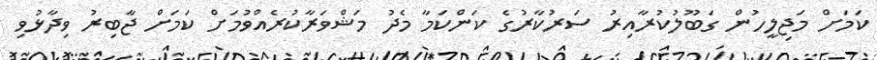
ކަމަށް މަޖިލީހުން ގަބޫލުކުރާއިރު ސަރުކާރުގެ ކަންކަމާ މެދު މަޝްވަރާކުރެއްވުމަށް ކަމަށް ޖާބިރު ވިދާޅުވި